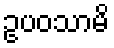
ဥပဝသာမိ